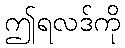
ဤရလဒ်ကို